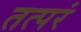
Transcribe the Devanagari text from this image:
तत्परं